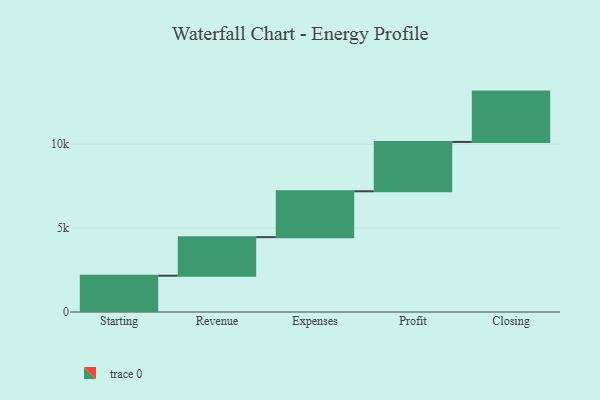
{"axis": {"x": "Step", "y": "Value"}, "legend": [""], "data": [{"x": "Starting", "y": 2163.0, "type": ""}, {"x": "Revenue", "y": 2299.0, "type": ""}, {"x": "Expenses", "y": 2734.0, "type": ""}, {"x": "Profit", "y": 2940.0, "type": ""}, {"x": "Closing", "y": 3000, "type": ""}]}